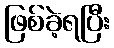
ဖြစ်ခဲ့ရပြီး